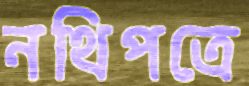
নথিপত্রে